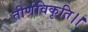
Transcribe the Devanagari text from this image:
तीर्णविकृति।।